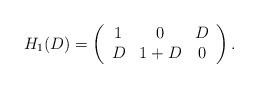
LaTeX: \begin{align*}H_1(D)=\left(\begin{array}{ccc}1& 0 & D \\D& 1+D & 0 \end{array}\right) .\end{align*}